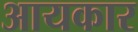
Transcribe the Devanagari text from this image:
आयकार